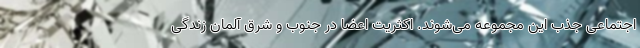
اجتماعی جذب این مجموعه می‌شوند. اکثریت اعضا در جنوب و شرق آلمان زندگی